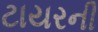
ટાયરની